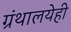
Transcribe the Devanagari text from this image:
ग्रंथालयेही